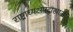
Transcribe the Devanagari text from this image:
राष्ट्राध्यक्षपदाखाली